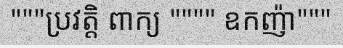
"""ប្រវត្តិ ពាក្យ """" ឧកញ៉ា"""